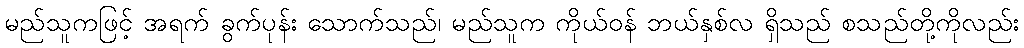
မည်သူကဖြင့် အရက် ခွက်ပုန်း သောက်သည်၊ မည်သူက ကိုယ်ဝန် ဘယ်နှစ်လ ရှိသည် စသည်တို့ကိုလည်း